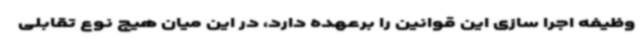
وظیفه اجرا سازی این قوانین را برعهده دارد، در این میان هیچ نوع تقابلی